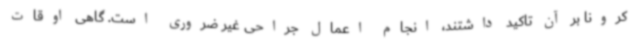
کرونا بر آن تاکید داشتند، انجام اعمال جراحی غیر ضروری است. گاهی اوقات